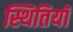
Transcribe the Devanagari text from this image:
स्थितियॉ